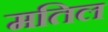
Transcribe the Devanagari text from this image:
मतिल